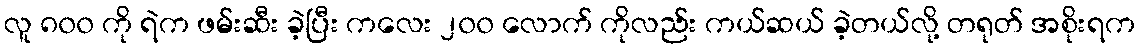
လူ ၈၀၀ ကို ရဲက ဖမ်းဆီး ခဲ့ပြီး ကလေး ၂၀၀ လောက် ကိုလည်း ကယ်ဆယ် ခဲ့တယ်လို့ တရုတ် အစိုးရက